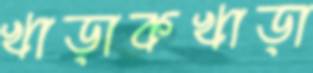
খাড়াকখাড়া